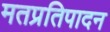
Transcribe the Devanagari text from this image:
मतप्रतिपादन